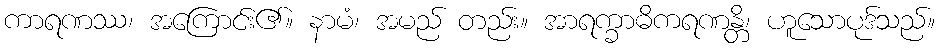
ကာရဏဿ၊ အကြောင်း၏။ နာမံ၊ အမည် တည်း။ အာရက္ခာဓိကရဏန္တိ၊ ဟူသောပုဒ်သည်။